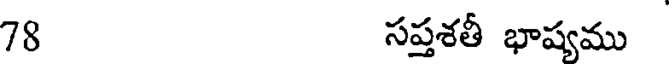
78 సప్తశతీ భాష్యము